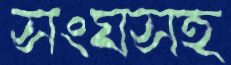
সংঘসহ